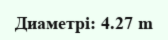
Диаметрі: 4.27 m